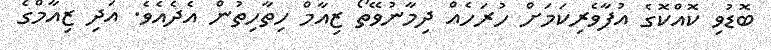
ބޮޑުވި ކޮއްކޮގެ އުފާވެރިކަމަށް ހުރަހެއް ދިމާނުވޭތޯ ޒިއާމް ހިތާހިތުން އެދެއެވެ. އަދި ޒިއާމްގެ